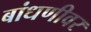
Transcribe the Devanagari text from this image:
बांधणीवर